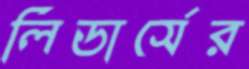
লিডার্সের